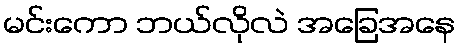
မင်းကော ဘယ်လိုလဲ အခြေအနေ